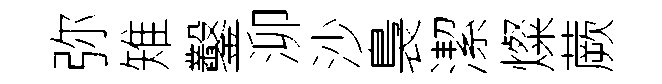
弥雉鑿泖沙裊潔燦蕨